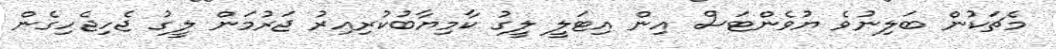
މެޗަކުން ބަލިނުވެ ޔުވެންޓަސް އިން އިޓަލީ ލީގު ކާމިޔާބުކުރިއިރު ޖަރުމަން ލީގު ޖެހިޖެހިގެން